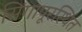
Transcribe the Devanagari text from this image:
सिंगापूरस्थित